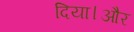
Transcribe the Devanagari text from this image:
दिया।और